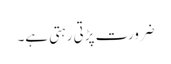
ضرورت پڑتی رہتی ہے۔